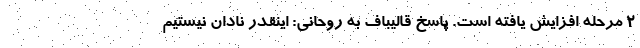
۲ مرحله افزایش یافته است. پاسخ قالیباف به روحانی: اینقدر نادان نیستیم